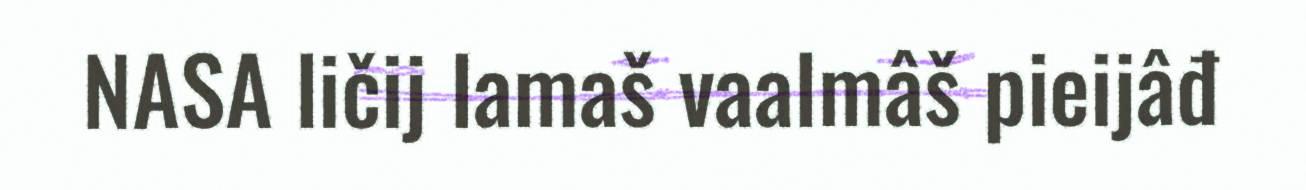
NASA ličij lamaš vaalmâš pieijâđ